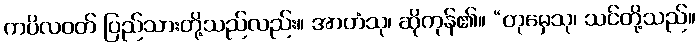
ကပိလဝတ် ပြည်သားတို့သည်လည်း။ အာဟံသု၊ ဆိုကုန်၏။ “တုမှေသု၊ သင်တို့သည်။